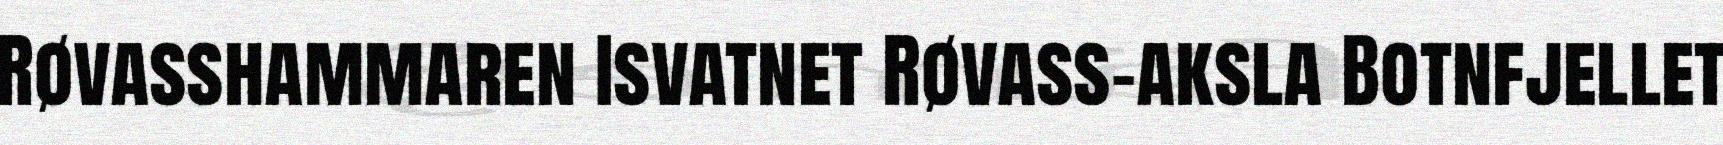
Røvasshammaren Isvatnet Røvass-aksla Botnfjellet